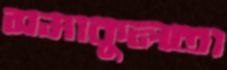
সমাকুলতা